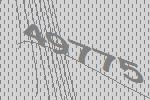
49775